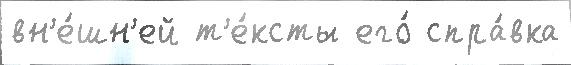
вн'е́шн'ей т'е́ксты его́ спра́вка